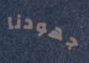
جهودنا